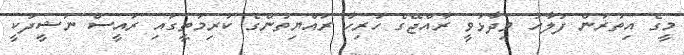
މީގެ އިތުރުން ފަލާހު ވިދާޅުވީ ރާއްޖޭގެ ހުރިހާ ރައްޔިތުންގެ ކުރިމަތީގައި ރައީސް ނަޝީދަކީ